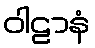
ဝါဠာနံ